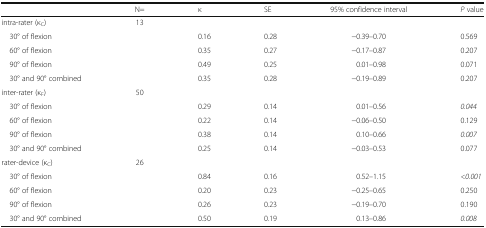
<table><thead><tr><td></td><td><b>N=</b></td><td><b>κ</b></td><td><b>SE</b></td><td><b>95% confidence interval</b></td><td><b><i>P</i> value</b></td></tr></thead><tbody><tr><td>intra-rater (κ<sub>C</sub>)</td><td>13</td><td></td><td></td><td></td><td></td></tr><tr><td> 30° of flexion</td><td></td><td>0.16</td><td>0.28</td><td>−0.39–0.70</td><td>0.569</td></tr><tr><td> 60° of flexion</td><td></td><td>0.35</td><td>0.27</td><td>−0.17–0.87</td><td>0.207</td></tr><tr><td> 90° of flexion</td><td></td><td>0.49</td><td>0.25</td><td>0.01–0.98</td><td>0.071</td></tr><tr><td> 30° and 90° combined</td><td></td><td>0.35</td><td>0.28</td><td>−0.19–0.89</td><td>0.207</td></tr><tr><td>inter-rater (κ<sub>F</sub>)</td><td>50</td><td></td><td></td><td></td><td></td></tr><tr><td> 30° of flexion</td><td></td><td>0.29</td><td>0.14</td><td>0.01–0.56</td><td><i>0.044</i></td></tr><tr><td> 60° of flexion</td><td></td><td>0.22</td><td>0.14</td><td>−0.06–0.50</td><td>0.129</td></tr><tr><td> 90° of flexion</td><td></td><td>0.38</td><td>0.14</td><td>0.10–0.66</td><td><i>0.007</i></td></tr><tr><td> 30° and 90° combined</td><td></td><td>0.25</td><td>0.14</td><td>−0.03–0.53</td><td>0.077</td></tr><tr><td>rater-device (κ<sub>C</sub>)</td><td>26</td><td></td><td></td><td></td><td></td></tr><tr><td> 30° of flexion</td><td></td><td>0.84</td><td>0.16</td><td>0.52–1.15</td><td><i>&lt;0.001</i></td></tr><tr><td> 60° of flexion</td><td></td><td>0.20</td><td>0.23</td><td>−0.25–0.65</td><td>0.250</td></tr><tr><td> 90° of flexion</td><td></td><td>0.26</td><td>0.23</td><td>−0.19–0.70</td><td>0.190</td></tr><tr><td> 30° and 90° combined</td><td></td><td>0.50</td><td>0.19</td><td>0.13–0.86</td><td><i>0.008</i></td></tr></tbody></table>